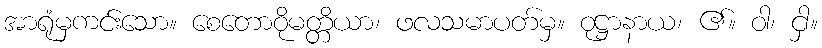
အာရုံမှကင်းသော။ စေတောဝိုမတ္တိယာ၊ ဖလသမာပတ်မှ။ ဝုဋ္ဌာနာယ၊ ၏။ ဝါ၊ ငှါ။